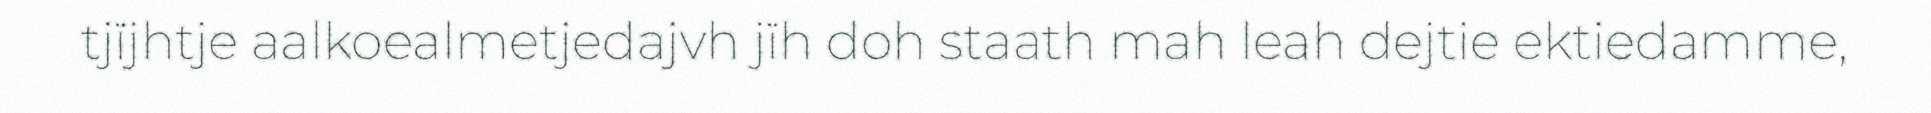
tjïjhtje aalkoealmetjedajvh jïh doh staath mah leah dejtie ektiedamme,